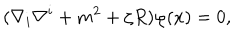
LaTeX: ( \nabla _ { i } \nabla ^ { i } + m ^ { 2 } + \zeta R ) \varphi ( x ) = 0 ,